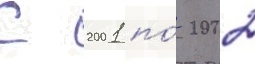
С 2001 по́ 2002